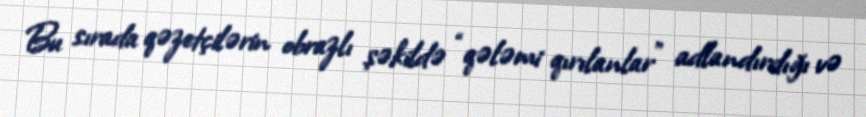
Bu sırada qəzetçilərin obrazlı şəkildə “qələmi qırılanlar” adlandırdığı və